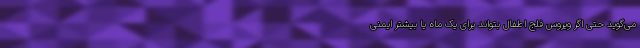
می‌گوید حتی اگر ویروسِ فلج اطفال بتواند برای یک ماه یا بیشتر ایمنی